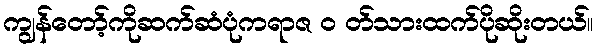
ကျွန်တော့်ကိုဆက်ဆံပုံကရာဇ ၀ တ်သားထက်ပိုဆိုးတယ်။